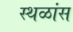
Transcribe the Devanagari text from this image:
स्थळांस